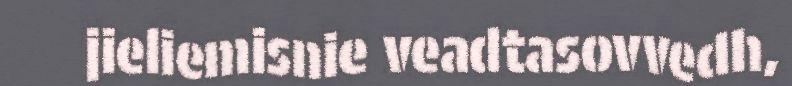
jieliemisnie veadtasovvedh,